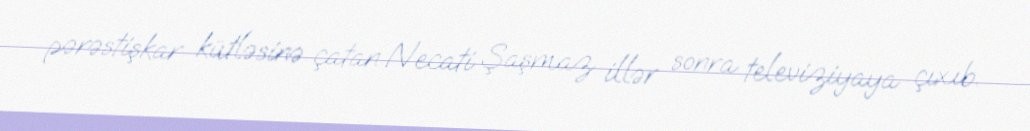
pərəstişkar kütləsinə çatan Necati Şaşmaz illər sonra televiziyaya çıxıb.